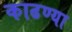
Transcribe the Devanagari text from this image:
काढण्या